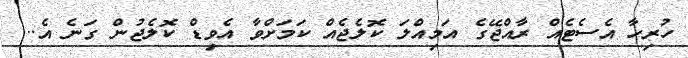
ހުރިހާ އެސެޓެއް ރާއްޖޭގެ އަމިއްލަ ކޮލެޖެއް ކަމަށްވާ އެވިޑް ކޮލެޖުން ގަނެ އެ...